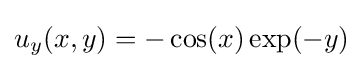
u_{y}(x,y)=-\cos(x)\exp(-y)